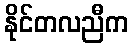
နိုင်တလညီက